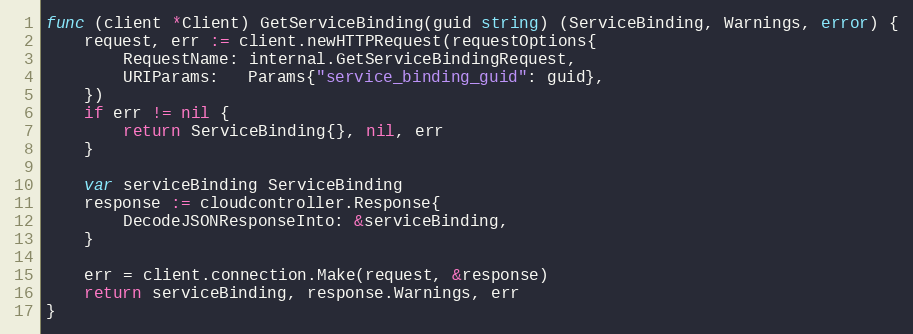
Language: Go
func (client *Client) GetServiceBinding(guid string) (ServiceBinding, Warnings, error) {
	request, err := client.newHTTPRequest(requestOptions{
		RequestName: internal.GetServiceBindingRequest,
		URIParams:   Params{"service_binding_guid": guid},
	})
	if err != nil {
		return ServiceBinding{}, nil, err
	}

	var serviceBinding ServiceBinding
	response := cloudcontroller.Response{
		DecodeJSONResponseInto: &serviceBinding,
	}

	err = client.connection.Make(request, &response)
	return serviceBinding, response.Warnings, err
}